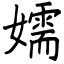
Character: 嬬